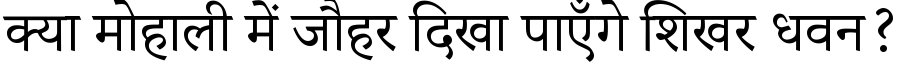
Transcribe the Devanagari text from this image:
क्या मोहाली में जौहर दिखा पाएँगे शिखर धवन?